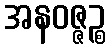
အနဝဇ္ဇဉ္စ